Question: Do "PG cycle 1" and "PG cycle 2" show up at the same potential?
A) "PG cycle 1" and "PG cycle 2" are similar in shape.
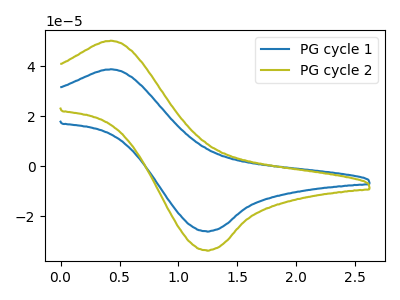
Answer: <think>The blue curve "PG cycle 1" has an anodic peak at (0.45V, 38.90uA) and a cathodic peak at (1.25V, -25.90uA). The olive curve "PG cycle 2" has an anodic peak at (0.45V, 50.30uA) and a cathodic peak at (1.25V, -33.50uA).
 All the peaks in "PG cycle 1" have a peak in "PG cycle 2" at the same potential. Every peak in "PG cycle 1" is lower than every peak in "PG cycle 2".</think>
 <answer>A) "PG cycle 1" and "PG cycle 2" are similar in shape.</answer>
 <eval>A</eval>